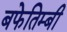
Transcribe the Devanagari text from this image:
बफेतिम्बी